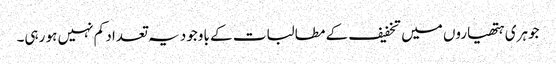
جوہری ہتھیاروں میں تخفیف کے مطالبات کے باوجود یہ تعداد کم نہیں ہو رہی۔